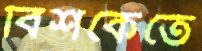
বিশকেতে